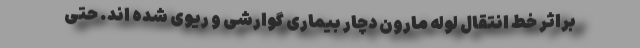
براثر خط انتقال لوله مارون دچار بیماری گوارشی و ریوی شده اند. حتی